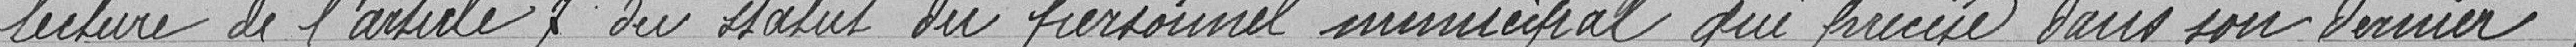
lecture de l'article 7 du statut du personnel municipal qui précise dans son dernier